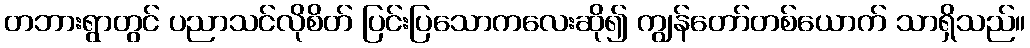
တဘားရွာတွင် ပညာသင်လိုစိတ် ပြင်းပြသောကလေးဆို၍ ကျွန်တော်တစ်ယောက် သာရှိသည်။